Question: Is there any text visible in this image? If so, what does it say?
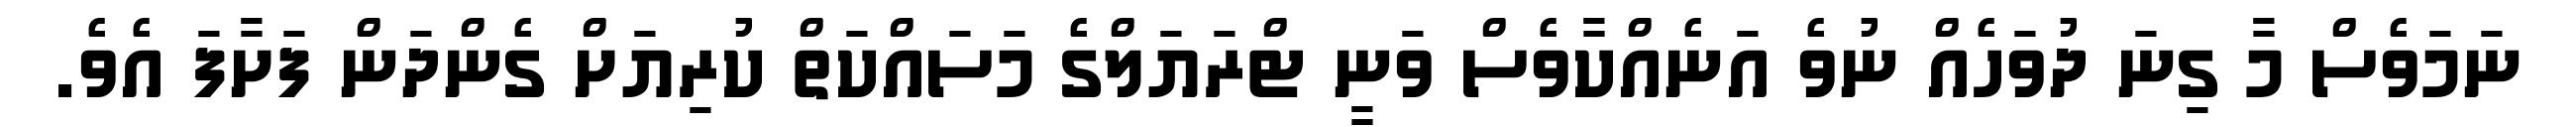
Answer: ނަމަވެސް މާ ގިނަ ދުވަހެއް ނުވެ އަނެއްކާވެސް ވަނީ ޓްރަޔަލްގެ މަސައްކަތް ކުރިޔަށް ގެންދަން ފަށާފަ އެވެ.